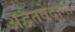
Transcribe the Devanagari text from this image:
अद्वैतवेदान्त